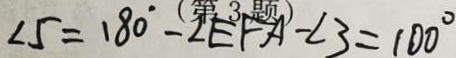
\angle 5 = 1 8 0 ^ { \circ } - \angle E F A - \angle 3 = 1 0 0 ^ { \circ }